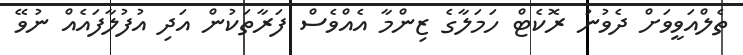
ތެލްއަވީވަށް ދެވުނު ރޮކެޓް ހަމަލާގެ ޒިންމާ އެއްވެސް ފަރާތަކުން އަދި އުފުލާފައެއް ނުވޭ